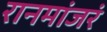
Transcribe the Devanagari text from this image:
रानमांजरं